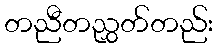
တညီတညွှတ်တည်း